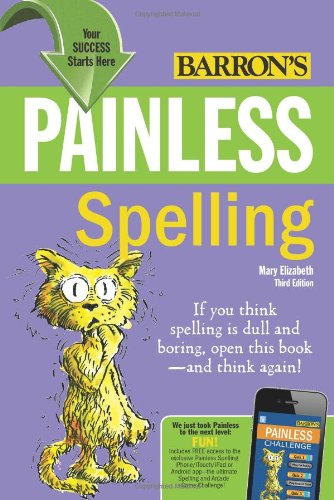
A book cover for Painless Spelling (Painless Series); Mary Elizabeth; Reference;